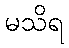
မသိရ